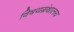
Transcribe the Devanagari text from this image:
विषयग्रंथालय